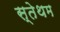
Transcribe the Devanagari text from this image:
स्तेथम